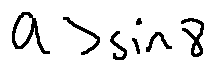
a > \sin 8